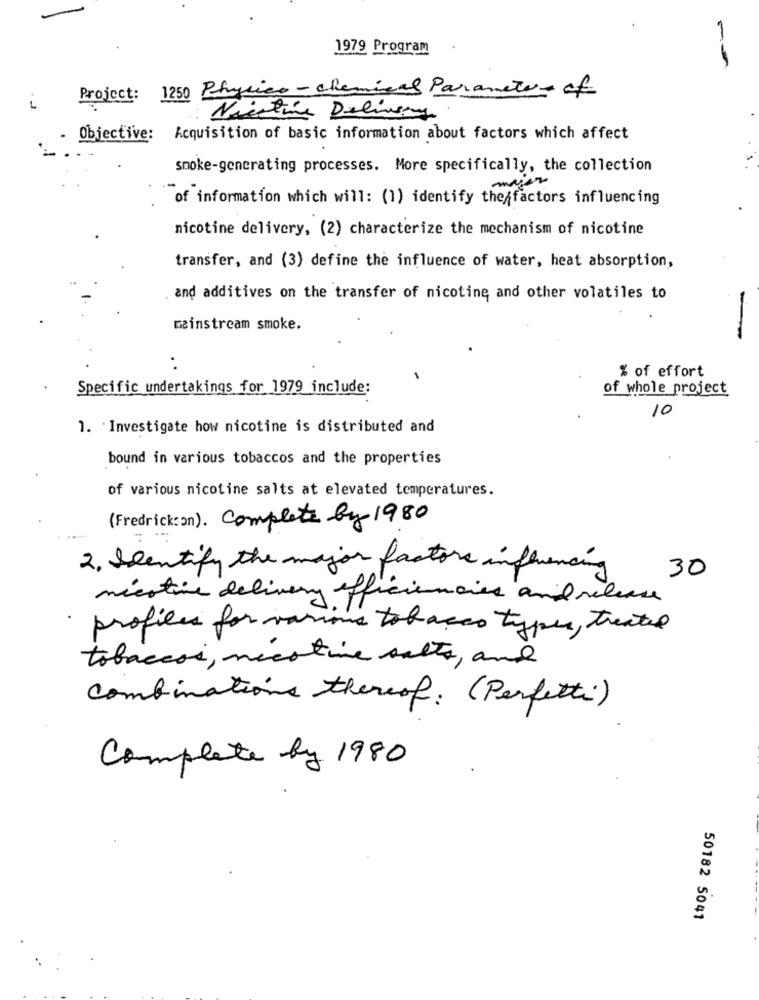
1979 Program
--
Project: 1250 Physico- chemical Parameters of
i
Naestive Delivery
Objective: Acquisition of basic information about factors which affect
smoke-generating processes. More specifically, the collection
of information which will: (1) identify the factors influencing
nicotine delivery, (2) characterize the mechanism of nicotine
transfer, and (3) define the influence of water, heat absorption,
and additives on the transfer of nicotine and other volatiles to
mainstream smoke.
-
.
% of effort
Specific undertakings for 1979 include:
of whole project
10
1. Investigate how nicotine is distributed and
bound in various tobaccos and the properties
of various nicotine salts at elevated temperatures.
(Fredrick:on). Complete by 1980
2. Seentify the major factors influencing
30
nicotine delivery efficiencies and release
profiles for various tobacco types, treated
tobaccos, necative salto, and
combinations thereof. (Perfetti)
Complete by 1980
50182 5041